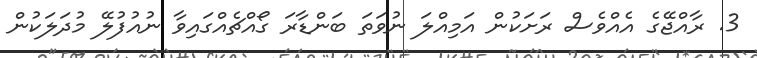
3. ރާއްޖޭގެ އެއްވެސް ރަށަކުން އަމިއްލަ ނުވަތަ ބަންޑާރަ ގޯއްޗެއްގައިވާ ނުއުފުލޭ މުދަލަކުން